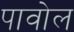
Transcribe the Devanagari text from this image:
पावोल